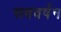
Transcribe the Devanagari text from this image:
सबवर्षन